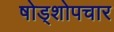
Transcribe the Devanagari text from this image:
षोड्शोपचार